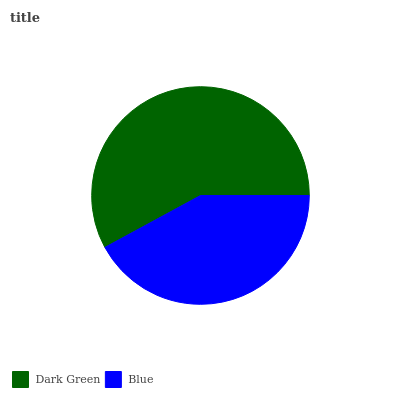
| Dark Green | Blue |
 | --- | --- |
 | 58% | 42% |